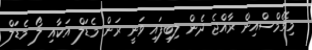
މިގޭމްސްއިން ރާއްޖެ ދެން ލިބިފައި ވަނީ ރަން މެޑަލް އަކާއި ލޯ މެޑަލް